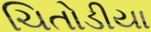
ચિતોડીયા